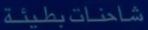
شاحنات-بطيئة